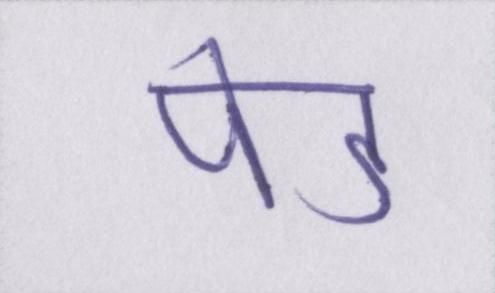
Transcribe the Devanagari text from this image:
पेड